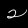
Label: 2